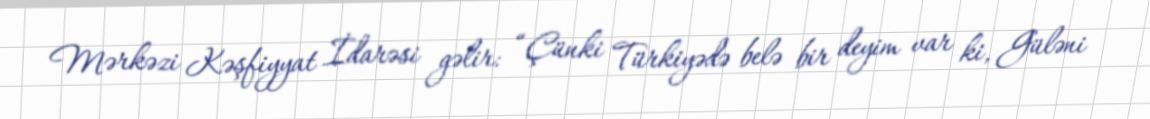
Mərkəzi Kəşfiyyat İdarəsi gəlir: “Çünki Türkiyədə belə bir deyim var ki, Güləni